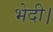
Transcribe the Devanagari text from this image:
भेदी।